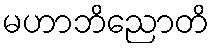
မဟာဘိညောတိ